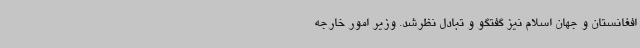
افغانستان و ‌جهان اسلام نیز گفتگو و تبادل نظرشد. وزیر امور خارجه